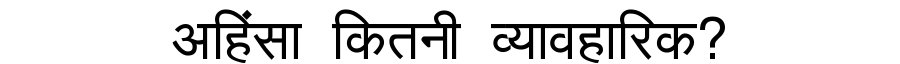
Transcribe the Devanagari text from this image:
अहिंसा कितनी व्यावहारिक?